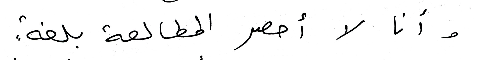
وأنا لا أحصر المطالعة بلغةٍ